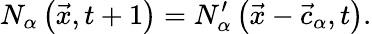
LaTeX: N_{\alpha}\left(\vec{x},t+1\right)=N_{\alpha}^{\prime}\left(\vec{x}-\vec{c}_{\alpha},t\right).